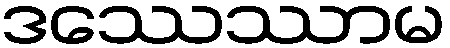
ဒဿေဿာမ